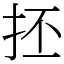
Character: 抷